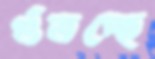
গুঁতচ্ছে